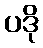
ပဒို